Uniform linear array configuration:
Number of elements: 4
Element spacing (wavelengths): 0.25
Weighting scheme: kaiser
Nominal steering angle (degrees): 15
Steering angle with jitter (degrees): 13.097
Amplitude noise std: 0.05
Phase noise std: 0.05

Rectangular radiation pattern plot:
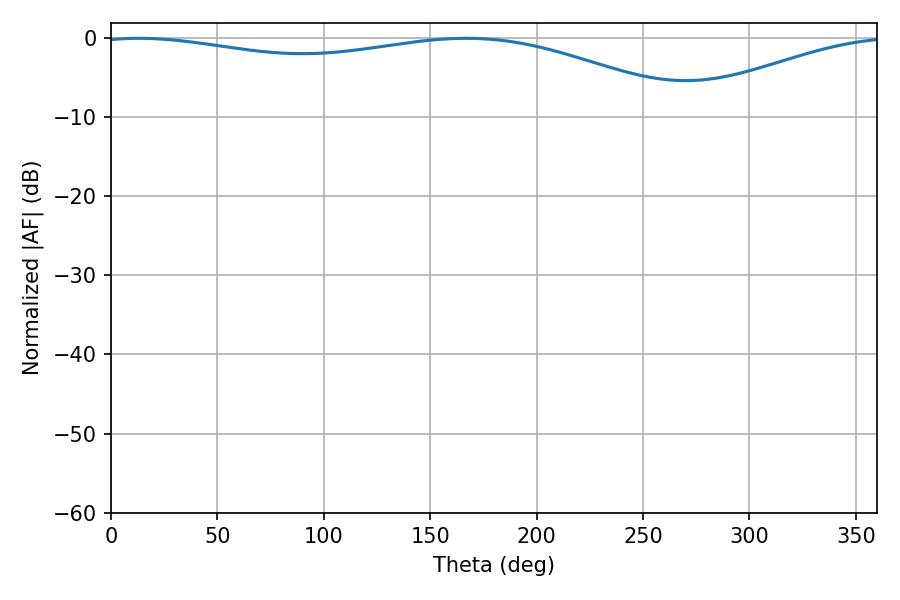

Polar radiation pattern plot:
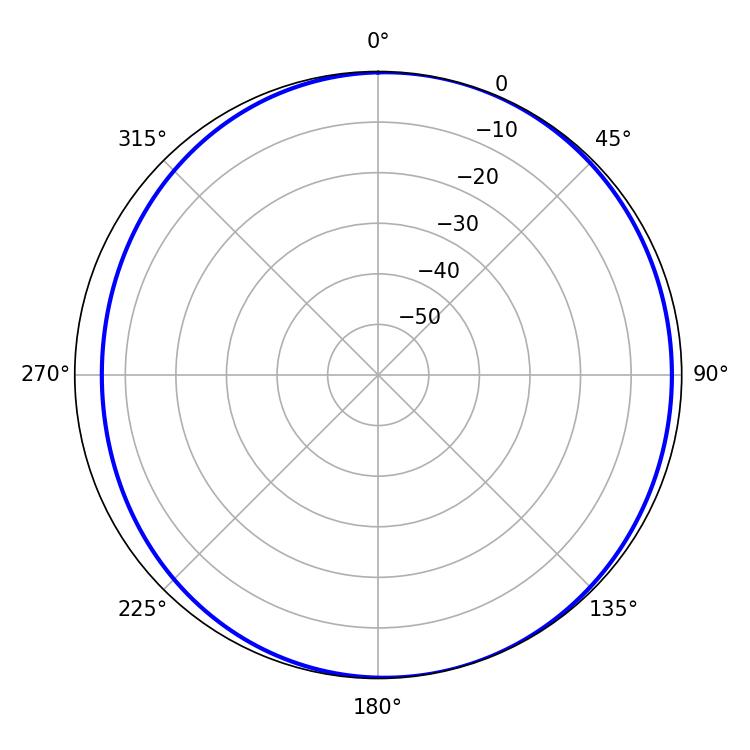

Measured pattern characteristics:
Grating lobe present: FALSE
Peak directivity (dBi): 4.93
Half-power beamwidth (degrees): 226.26
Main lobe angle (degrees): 13.14